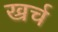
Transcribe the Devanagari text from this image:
ख्रर्च